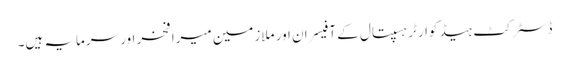
ڈسٹرکٹ ہیڈ کوارٹر ہسپتال کے آفیسران اور ملازمین میرا فخر اور سرمایہ ہیں۔